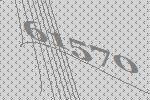
61570